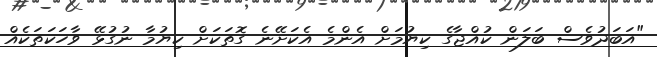
"އަބަދުވެސް ބަލަން ކުއްޖާގެ ކިޔުމަށް އެންމެ އެކަށޭނެ ގޮތަކަށް ކިޔުމާ ނުގުޅޭ ވާހަކަތަކެއް